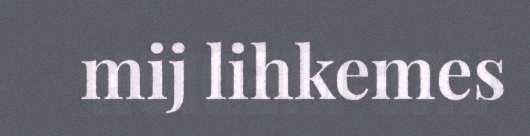
mij lihkemes